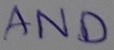
Text: AND